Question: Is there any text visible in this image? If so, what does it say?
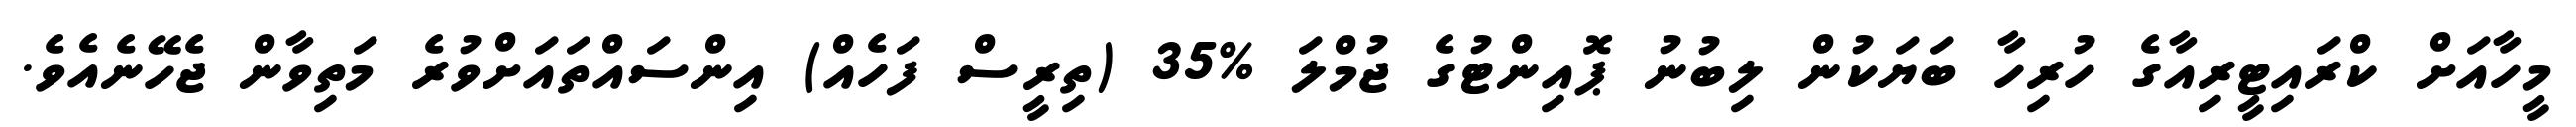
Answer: މީހާއަށް ކްރައިޓީރިއާގެ ހުރިހާ ބަޔަކުން ލިބުނު ޕޮއިންޓުގެ ޖުމްލަ %35 (ތިރީސް ފަހެއް) އިންސައްތައަށްވުރެ މަތިވާން ޖެހޭނެއެވެ.